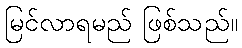
မြင်လာရမည် ဖြစ်သည်။